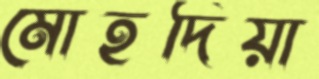
মোহদিয়া